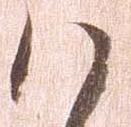
ハ